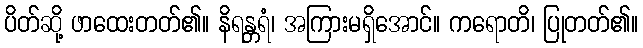
ပိတ်ဆို့ ဖာထေးတတ်၏။ နိရန္တရံ၊ အကြားမရှိအောင်။ ကရောတိ၊ ပြုတတ်၏။